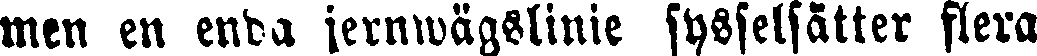
men en enda jernwägslinie sysselsätter flera